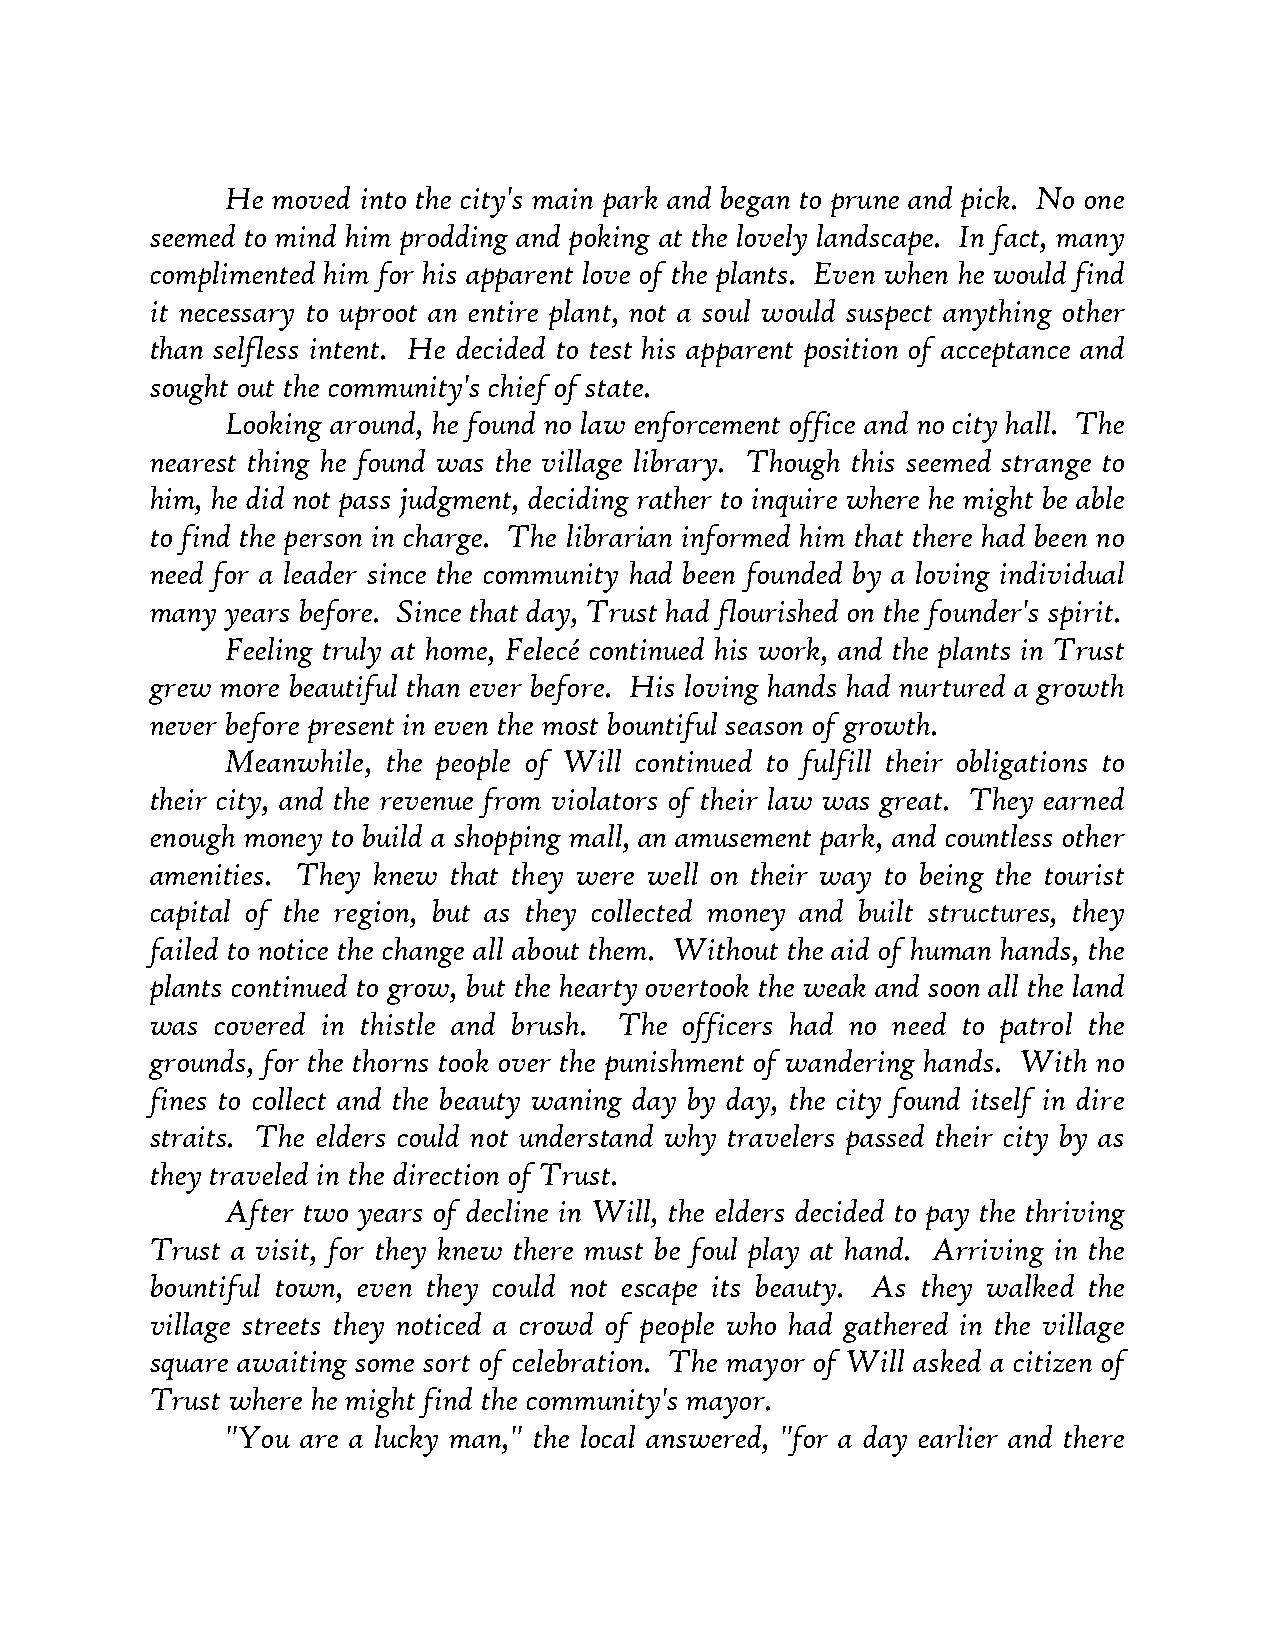
He moved into the city's main park and began to prune and pick. No one
 seemed to mind him prodding and poking at the lovely landscape. In fact, many
 complimented him for his apparent love of the plants. Even when he would find
 it necessary to uproot an entire plant, not a soul would suspect anything other
 than selfless intent. He decided to test his apparent position of acceptance and
 sought out the community's chief of state.
 Looking around, he found no law enforcement office and no city hall. The
 nearest thing he found was the village library. Though this seemed strange to
 him, he did not pass judgment, deciding rather to inquire where he might be able
 to find the person in charge. The librarian informed him that there had been no
 need for a leader since the community had been founded by a loving individual
 many years before. Since that day, Trust had flourished on the founder's spirit.
 Feeling truly at home, Felecé continued his work, and the plants in Trust
 grew more beautiful than ever before. His loving hands had nurtured a growth
 never before present in even the most bountiful season of growth.
 Meanwhile, the people of Will continued to fulfill their obligations to
 their city, and the revenue from violators of their law was great. They earned
 enough money to build a shopping mall, an amusement park, and countless other
 amenities. They knew that they were well on their way to being the tourist
 capital of the region, but as they collected money and built structures, they
 failed to notice the change all about them. Without the aid of human hands, the
 plants continued to grow, but the hearty overtook the weak and soon all the land
 was covered in thistle and brush. The officers had no need to patrol the
 grounds, for the thorns took over the punishment of wandering hands. With no
 fines to collect and the beauty waning day by day, the city found itself in dire
 straits. The elders could not understand why travelers passed their city by as
 they traveled in the direction of Trust.
 After two years of decline in Will, the elders decided to pay the thriving
 Trust a visit, for they knew there must be foul play at hand. Arriving in the
 bountiful town, even they could not escape its beauty. As they walked the
 village streets they noticed a crowd of people who had gathered in the village
 square awaiting some sort of celebration. The mayor of Will asked a citizen of
 Trust where he might find the community's mayor.
 "You are a lucky man," the local answered, "for a day earlier and there